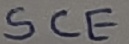
Text: SCE